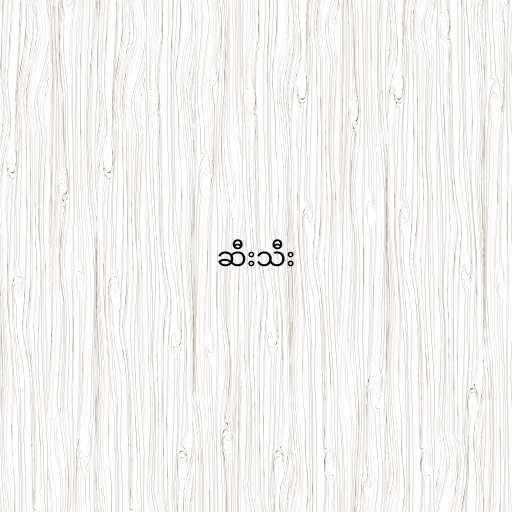
ဆီးသီး